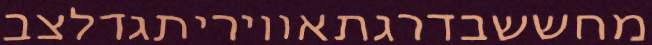
מחששבדרגתאוויריתגדלצב